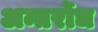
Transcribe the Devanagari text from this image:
अन्तर्रोध